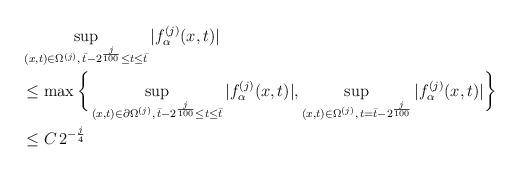
LaTeX: \begin{align*} &\sup_{(x,t) \in \Omega^{(j)}, \, \bar{t}-2^{\frac{j}{100}} \leq t \leq \bar{t}} |f_\alpha^{(j)}(x,t)| \\ &\leq \max \bigg \{ \sup_{(x,t) \in \partial \Omega^{(j)}, \, \bar{t}-2^{\frac{j}{100}} \leq t \leq \bar{t}} |f_\alpha^{(j)}(x,t)|,\sup_{(x,t) \in \Omega^{(j)}, \, t=\bar{t}-2^{\frac{j}{100}}} |f_\alpha^{(j)}(x,t)| \bigg \} \\ &\leq C \, 2^{-\frac{j}{4}} \end{align*}